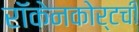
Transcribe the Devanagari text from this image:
रॉकेनकोर्टची